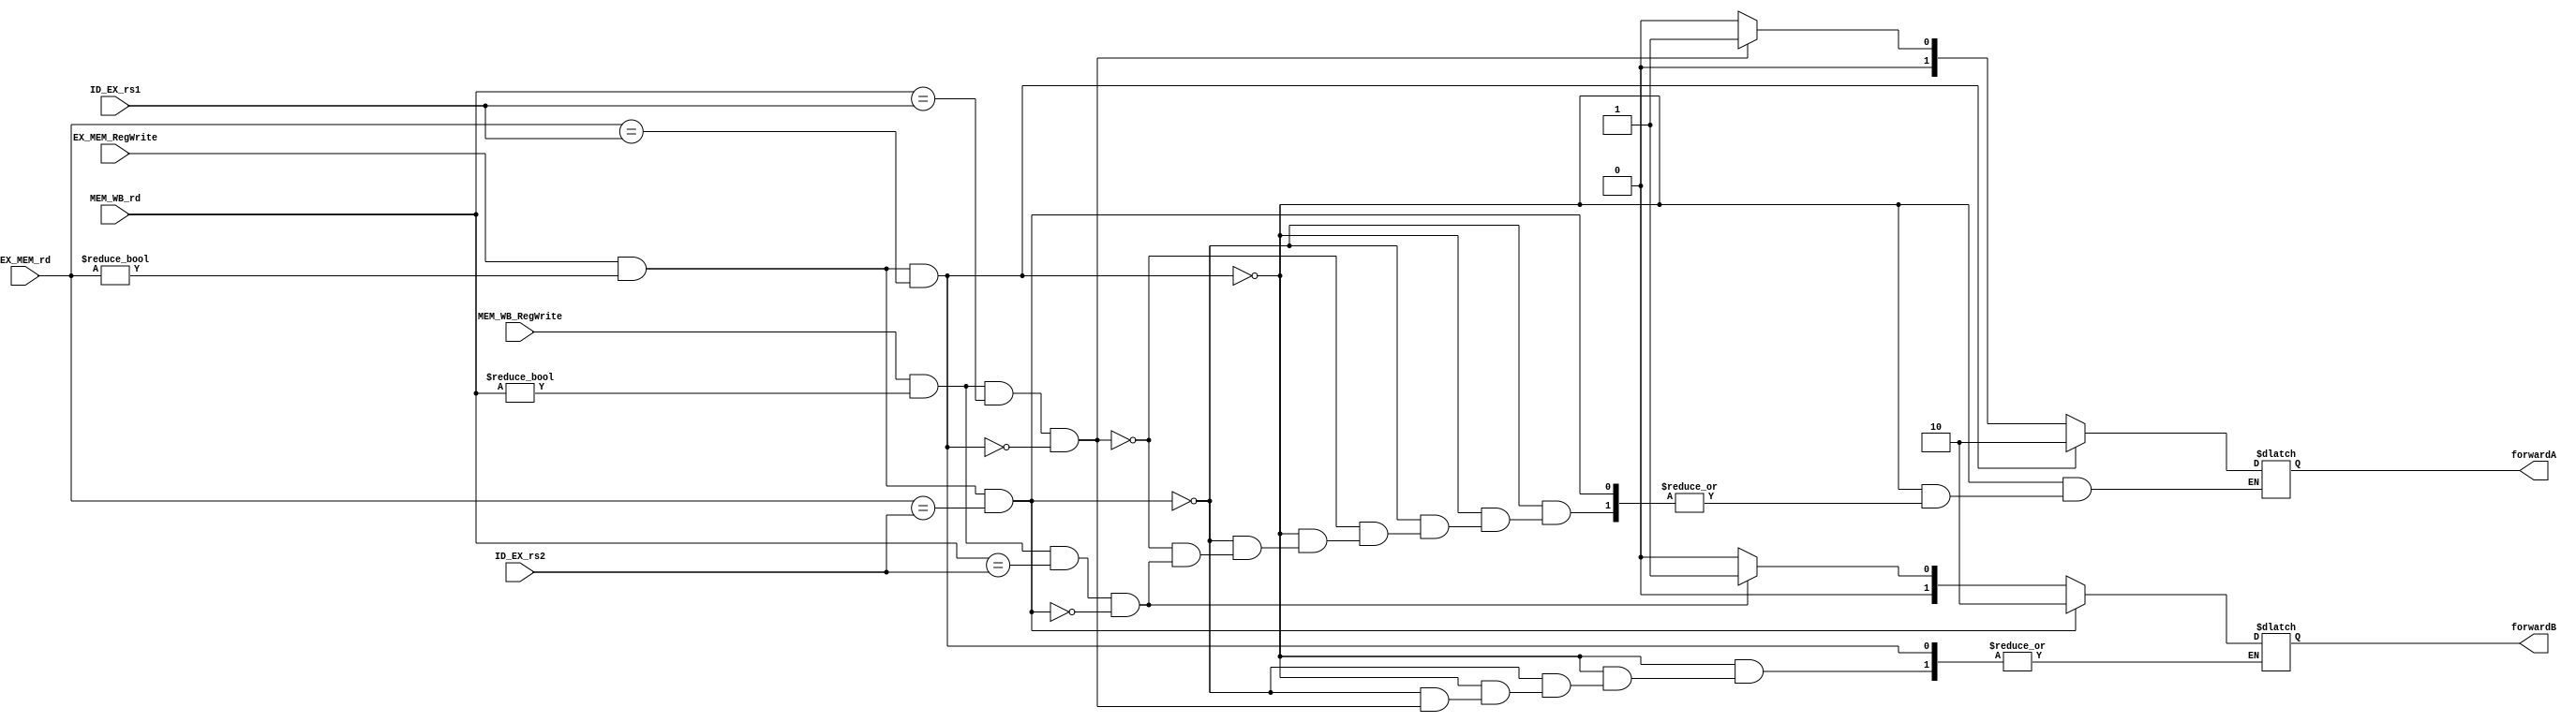
`timescale 1ns / 1ps
//////////////////////////////////////////////////////////////////////////////////
// Company: 
// Engineer: 
// 
// Design Name: 
// Module Name: forwarding_unit
// Project Name: 
// Target Devices: 
// Tool Versions: 
// Description: 
// 
// Dependencies: 
// 
// Revision:
// Revision 0.01 - File Created
// Additional Comments:
// 
//////////////////////////////////////////////////////////////////////////////////


module forwarding_unit (
	input [4:0] ID_EX_rs1, 
	input [4:0] ID_EX_rs2, 
	input [4:0] EX_MEM_rd,
	input [4:0] MEM_WB_rd,
	input EX_MEM_RegWrite,
	input MEM_WB_RegWrite,
	output reg [1:0] forwardA, 
	output reg [1:0] forwardB
	);
	
	always @(*) begin
		//EX Hazard
			if(EX_MEM_RegWrite & (EX_MEM_rd != 0) &EX_MEM_rd == ID_EX_rs1) forwardA = 2'b10;
			else if(EX_MEM_RegWrite & (EX_MEM_rd != 0) & EX_MEM_rd == ID_EX_rs2) forwardB = 2'b10;
	
		
		//MEM Hazard
			else if(MEM_WB_RegWrite & (MEM_WB_rd != 0) & (MEM_WB_rd == ID_EX_rs1) & (!( EX_MEM_RegWrite & (EX_MEM_rd != 0) & (EX_MEM_rd == ID_EX_rs1) ))) forwardA = 2'b01;
			else if(MEM_WB_RegWrite & (MEM_WB_rd != 0) & (MEM_WB_rd == ID_EX_rs2) & (!( EX_MEM_RegWrite & (EX_MEM_rd != 0) & (EX_MEM_rd == ID_EX_rs2) ))) forwardB = 2'b01;
				else begin
            forwardA = 2'b00;
            forwardB = 2'b00;
        end
	end
endmodule